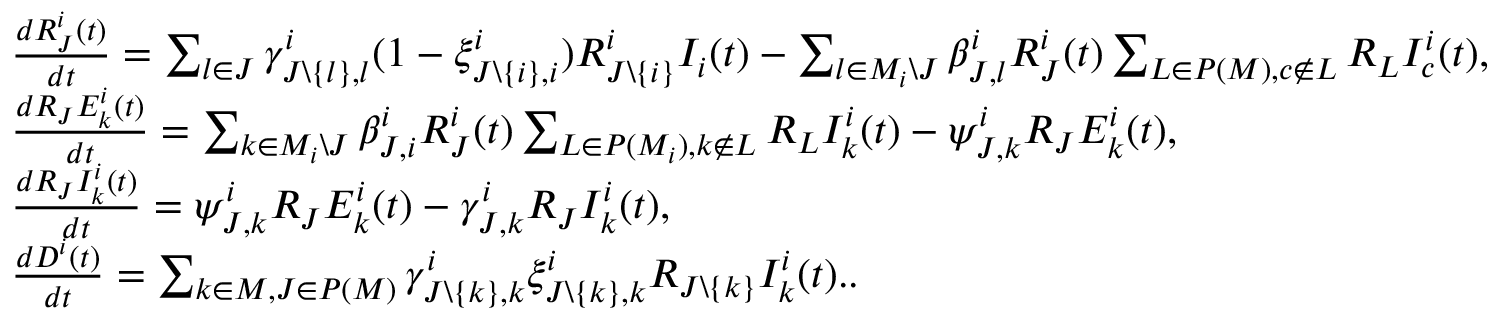
\begin{array} { l } { \frac { d R _ { J } ^ { i } ( t ) } { d t } = \sum _ { l \in J } \gamma _ { J \backslash \{ l \} , l } ^ { i } ( 1 - \xi _ { J \backslash \{ i \} , i } ^ { i } ) R _ { J \backslash \{ i \} } ^ { i } I _ { i } ( t ) - \sum _ { l \in M _ { i } \backslash J } \beta _ { J , l } ^ { i } R _ { J } ^ { i } ( t ) \sum _ { L \in P ( M ) , c \not \in L } R _ { L } I _ { c } ^ { i } ( t ) , } \\ { \frac { d R _ { J } E _ { k } ^ { i } ( t ) } { d t } = \sum _ { k \in M _ { i } \backslash J } \beta _ { J , i } ^ { i } R _ { J } ^ { i } ( t ) \sum _ { L \in P ( M _ { i } ) , k \not \in L } R _ { L } I _ { k } ^ { i } ( t ) - \psi _ { J , k } ^ { i } R _ { J } E _ { k } ^ { i } ( t ) , } \\ { \frac { d R _ { J } I _ { k } ^ { i } ( t ) } { d t } = \psi _ { J , k } ^ { i } R _ { J } E _ { k } ^ { i } ( t ) - \gamma _ { J , k } ^ { i } R _ { J } I _ { k } ^ { i } ( t ) , } \\ { \frac { d D ^ { i } ( t ) } { d t } = \sum _ { k \in M , J \in P ( M ) } \gamma _ { J \backslash \{ k \} , k } ^ { i } \xi _ { J \backslash \{ k \} , k } ^ { i } R _ { J \backslash \{ k \} } I _ { k } ^ { i } ( t ) . . } \end{array}